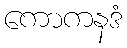
ကောကနဒံ